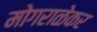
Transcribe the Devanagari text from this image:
मोगराळेकर